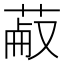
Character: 𦳋